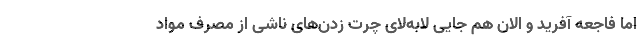
اما فاجعه آفرید و الان هم جایی لابه‌لای چرت زدن‌های ناشی از مصرف مواد